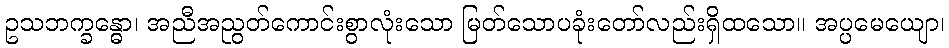
ဥသဘက္ခန္ဓော၊ အညီအညွတ်ကောင်းစွာလုံးသော မြတ်သောပခုံးတော်လည်းရှိထသော။ အပ္ပမေယျော၊